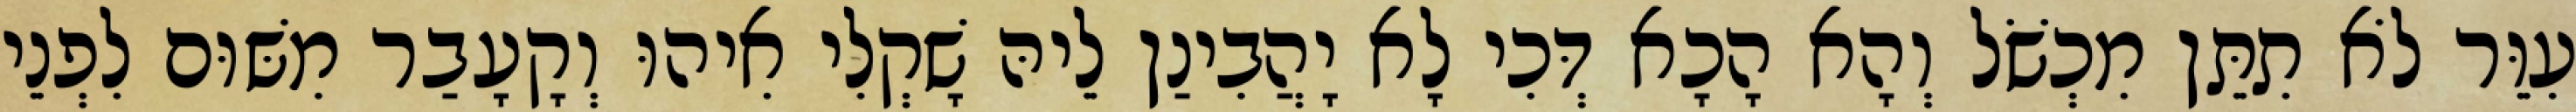
עִוֵּר לֹא תִתֵּן מִכְשֹׁל וְהָא הָכָא דְּכִי לָא יָהֲבִינַן לֵיהּ שָׁקְלִי אִיהוּ וְקָעָבַר מִשּׁוּם לִפְנֵי